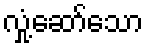
လှုံ့ဆော်သော